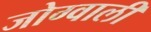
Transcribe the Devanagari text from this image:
जोग्वाली